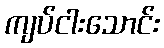
ကျပ်ငါးသောင်း